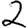
Digit: 2